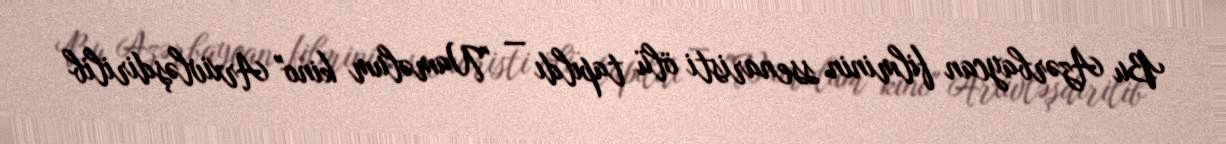
Bu Azərbaycan filminin ssenaristi ölü tapıldı — "Naməlum kino" Arxivləşdirilib